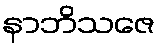
နာဘိသဇေ